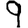
Digit: 9